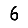
Digit: 6